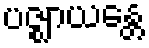
ပဇ္ဈာယန္တေ